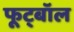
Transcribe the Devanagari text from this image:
फूट्बॉल